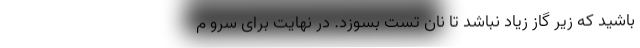
باشید که زیر گاز زیاد نباشد تا نان تست بسوزد. در نهایت برای سرو م